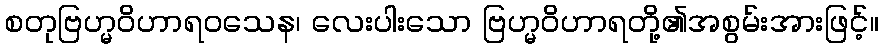
စတုဗြဟ္မဝိဟာရဝသေန၊ လေးပါးသော ဗြဟ္မဝိဟာရတို့၏အစွမ်းအားဖြင့်။